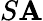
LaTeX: S\mathbf{A}